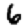
Digit: 6